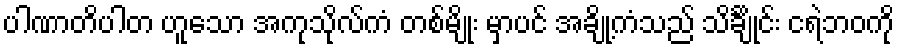
ပါဏာတိပါတ ဟူသော အကုသိုလ်ကံ တစ်မျိုး မှာပင် အချို့ကံသည် သိင်္ချိုင်း ငရဲဘဝကို